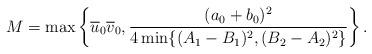
LaTeX: \begin{align*}M= \max\left\{\overline{u}_0\overline{v}_0, \frac{(a_0+b_0)^2}{4\min\{(A_1-B_1)^2,(B_2-A_2)^2\}} \right\}.\end{align*}